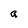
Character: a